Vaccination in the Punjab 1867-1880 - 1867-1880
Year: 1867
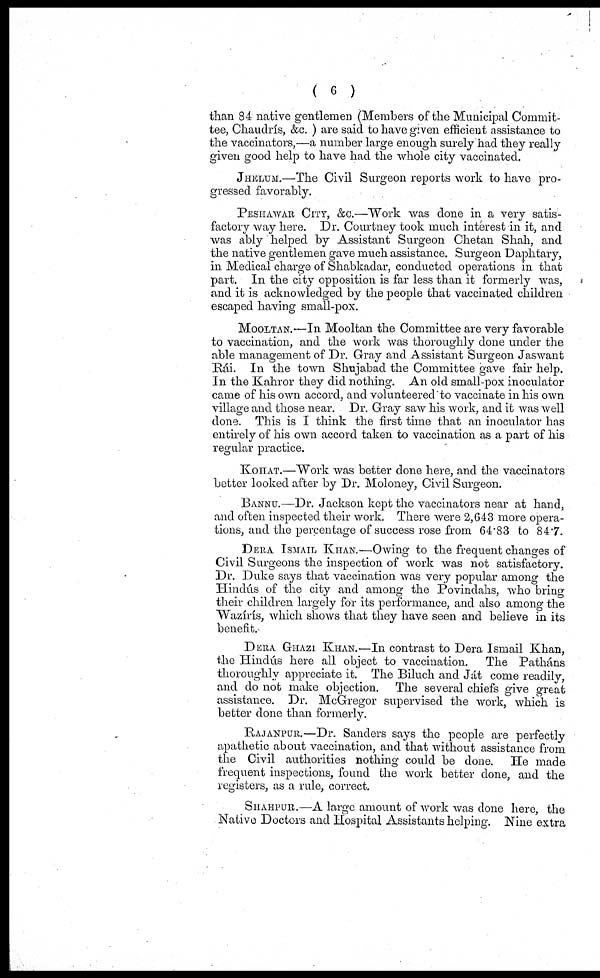
( 6 )
than 84 native gentlemen (Members of the Municipal Commit-
tee, Chaudrís, &c. ) are said to have given efficient assistance to
the vaccinators,—a number large enough surely had they really
given good help to have had the whole city vaccinated.
JHELUM.—The Civil Surgeon reports work to have pro-
gressed favorably.
PESHAWAR CITY, &c.—Work was done in a very satis-
factory way here. Dr. Courtney took much interest in it, and
was ably helped by Assistant Surgeon Chetan Shah, and
the native gentlemen gave much assistance. Surgeon Daphtary,
in Medical charge of Shabkadar, conducted operations in that
part. In the city opposition is far less than it formerly was,
and it is acknowledged by the people that vaccinated children
escaped having small-pox.
MOOLTAN.—In Mooltan the Committee are very favorable
to vaccination, and the work was thoroughly done under the
able management of Dr. Gray and Assistant Surgeon Jaswant
Rái. In the town Shujabad the Committee gave fair help.
In the Kahror they did nothing. An old small-pox inoculator
came of his own accord, and volunteered to vaccinate in his own
village and those near. Dr. Gray saw his work, and it was well
done. This is I think the first time that an inoculator has
entirely of his own accord taken to vaccination as a part of his
regular practice.
KOIIAT.—Work was better done here, and the vaccinators
better looked after by Dr. Moloney, Civil Surgeon.
BANNU.—Dr. Jackson kept the vaccinators near at hand,
and often inspected their work. There were 2,643 more opera-
tions, and the percentage of success rose from 64.83 to 84.7.
DERA ISMAIL KHAN.—Owing to the frequent changes of
Civil Surgeons the inspection of work was not satisfactory.
Dr. Duke says that vaccination was very popular among the
Hindús of the city and among the Povindahs, who bring
their children largely for its performance, and also among the
Wazírís, which shows that they have seen and believe in its
benefit.
DEUA GHAZI KHAN.—In contrast to Dera Ismail Khan,
the Hindús here all object to vaccination. The Patháns
thoroughly appreciate it. The Biluch and Ját come readily,
and do not make objection. The several chiefs give great
assistance. Dr. McGregor supervised the work, which is
better done than formerly.
RAJANPUU.—Dr. Sanders says the people are perfectly
apathetic about vaccination, and that without assistance from
the Civil authorities nothing could be done. He made
frequent inspections, found the work better clone, and the
registers, as a rule, correct.
SIIAHPUR.—A large amount of work was done here, the
Native Doctors and Hospital Assistants helping. Nine extra